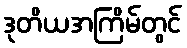
ဒုတိယအကြိမ်တွင်